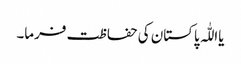
یااللّٰہ پاکستان کی حفاظت فرما۔